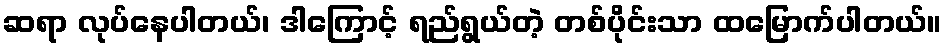
ဆရာ လုပ်နေပါတယ်၊ ဒါကြောင့် ရည်ရွယ်တဲ့ တစ်ပိုင်းသာ ထမြောက်ပါတယ်။